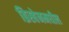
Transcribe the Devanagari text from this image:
ब्रिस्बेनमधील